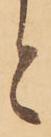
と